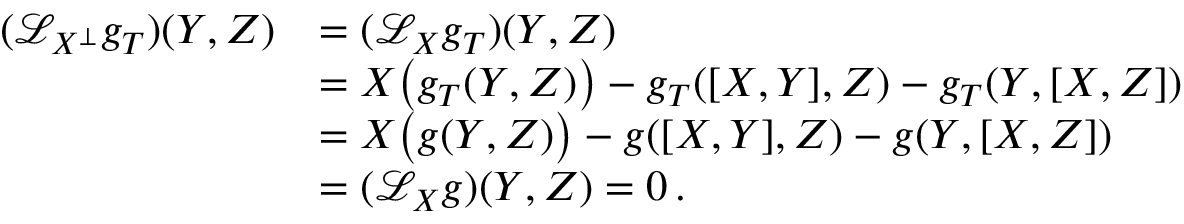
\begin{array} { r l } { ( \mathcal { L } _ { X ^ { \perp } } g _ { T } ) ( Y , Z ) } & { = ( \mathcal { L } _ { X } g _ { T } ) ( Y , Z ) } \\ & { = X \big ( g _ { T } ( Y , Z ) \big ) - g _ { T } ( [ X , Y ] , Z ) - g _ { T } ( Y , [ X , Z ] ) } \\ & { = X \big ( g ( Y , Z ) \big ) - g ( [ X , Y ] , Z ) - g ( Y , [ X , Z ] ) } \\ & { = ( \mathcal { L } _ { X } g ) ( Y , Z ) = 0 \, . } \end{array}